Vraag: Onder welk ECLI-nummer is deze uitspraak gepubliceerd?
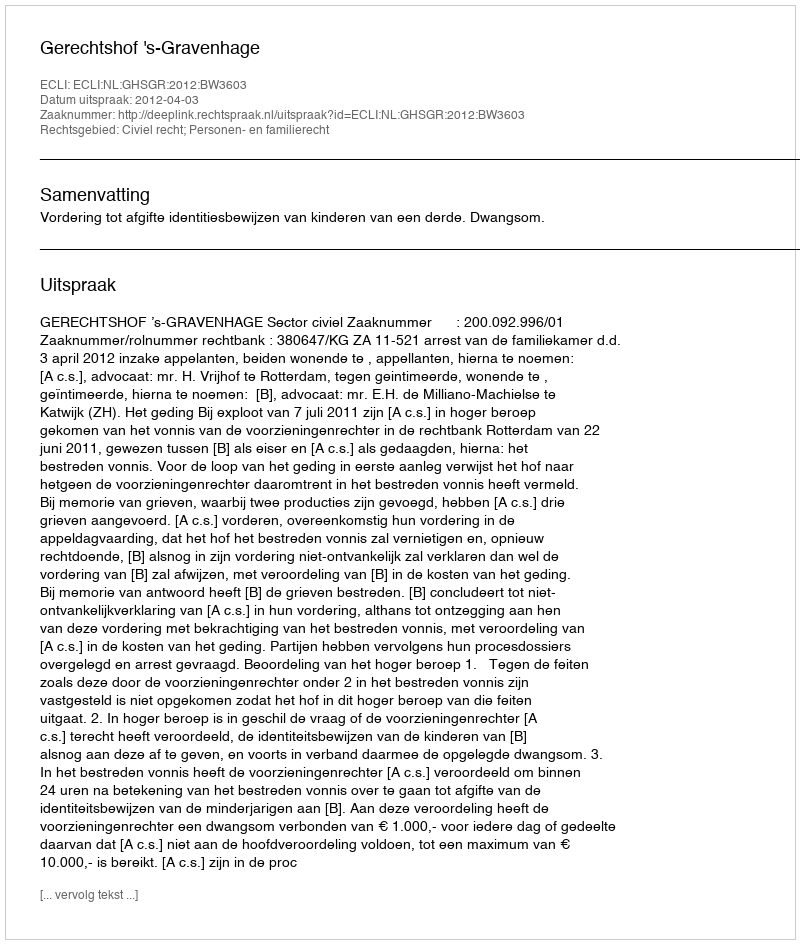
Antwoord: ECLI:NL:GHSGR:2012:BW3603